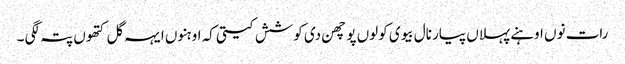
رات نوں اوہنے پہلاں پیار نال بیوی کولوں پوچھن دی کوشش کیتی کہ اوہنوں ایہہ گل کتھوں پتہ لگی ۔